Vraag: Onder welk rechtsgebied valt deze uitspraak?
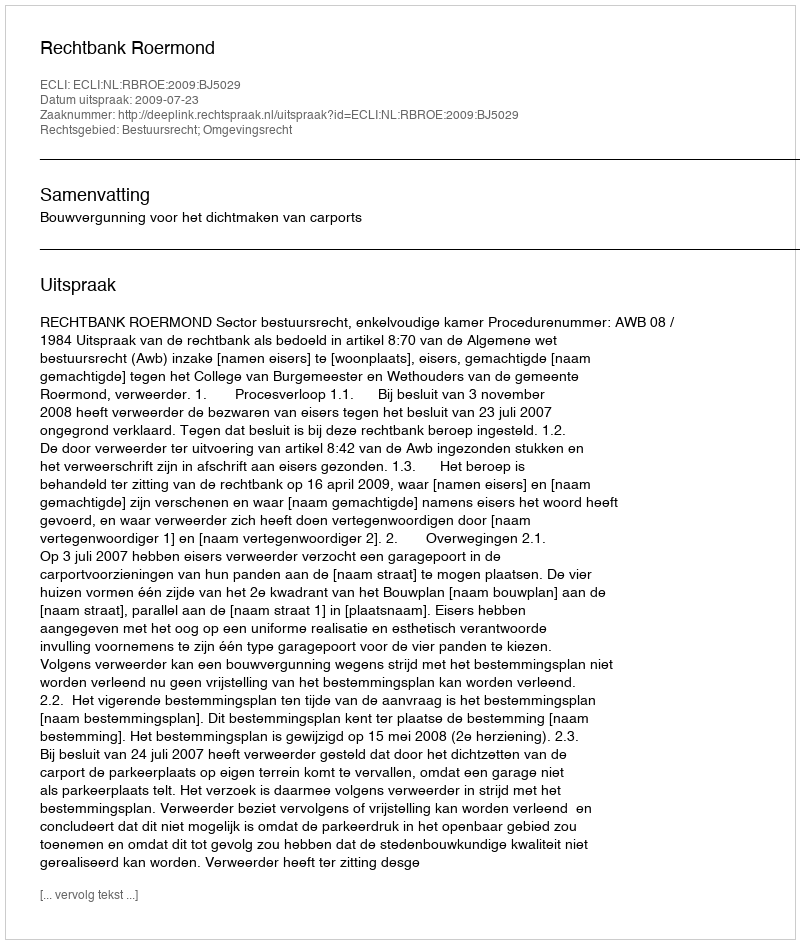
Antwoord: Bestuursrecht; Omgevingsrecht